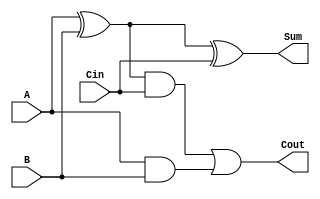
module manchester_carry_chain_adder(
    input wire A,
    input wire B,
    input wire Cin,
    output wire Sum,
    output wire Cout
);

wire p, g;

assign p = A ^ B;
assign g = A & B;

assign Sum = p ^ Cin;
assign Cout = (p & Cin) | g;

endmodule